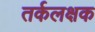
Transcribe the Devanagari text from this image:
तर्कलक्षक